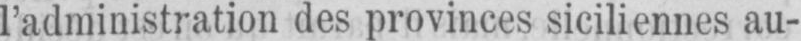
l’administration des provinces siciliennes au-